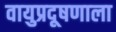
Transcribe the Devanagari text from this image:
वायुप्रदूषणाला